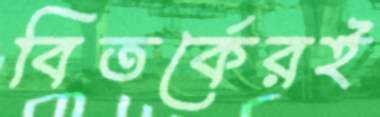
বিতর্কেরই